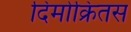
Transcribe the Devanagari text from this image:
दिमोक्रितस